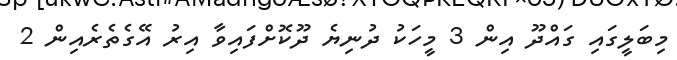
މިބަލީގައި ގައްދޫ އިން 3 މީހަކު ދުނިޔެ ދޫކޮށްފައިވާ އިރު އޭގެތެރެއިން 2